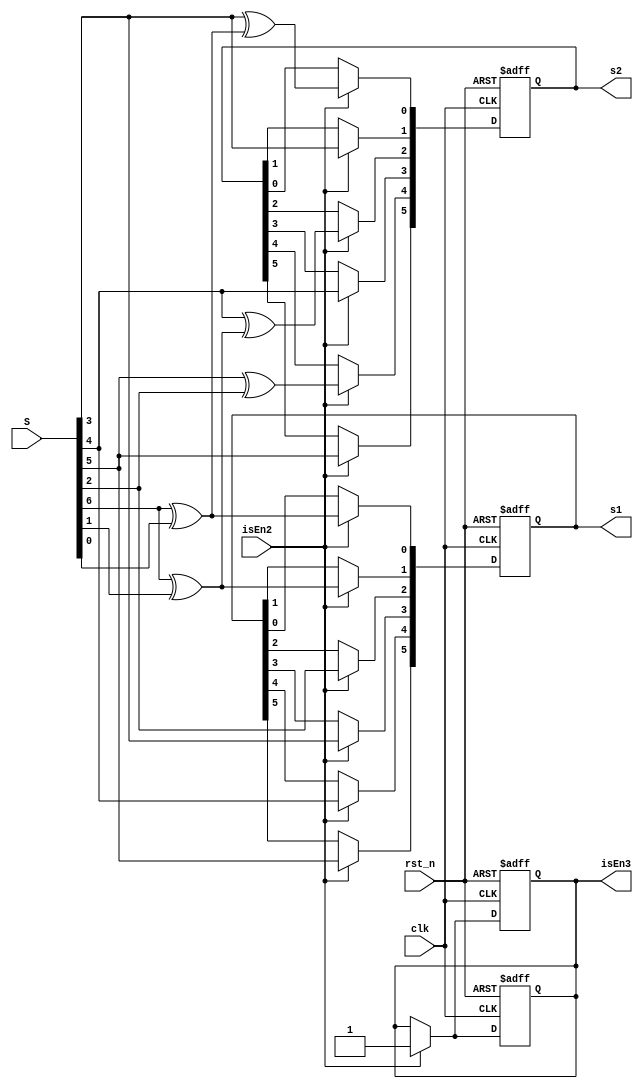
`timescale 1ns / 1ns

module decoder( 
              clk,
              rst_n,
              S,
              isEn2,
              s1,
              s2,
              isEn3
              );
  input clk,rst_n;
  input [6:0] S; //this is the 7-bit syndrome
  input isEn2;
  output [5:0] s1;
  output [5:0] s2;
  output isEn3;
  reg [5:0] s1;
  reg [5:0] s2;
  reg isEn3;
  
  always@(posedge clk or negedge rst_n) begin
    if(!rst_n) begin
      s1<=6'b0; 
      isEn3<=1'b0;
		end
		else begin
		  if (isEn2==1'b1) begin
		    s1[5]<=S[5];
	      s1[4]<=S[4];
	      s1[3]<=S[3];
	      s1[2]<=S[2];
	     s1[1]<=S[6]^S[1];
	     s1[0]<=S[6]^S[0];
	     isEn3<=1'b1;
	      end
  end
  end
  
  always@(posedge clk or negedge rst_n) begin
    if(!rst_n) begin
      s2<=6'b0; 
//		s2=6'b0;  revised 12
      isEn3<=1'b0;
		end
		else begin
		  if (isEn2==1'b1) begin
		     s2[5]<=S[5];
	      s2[4]<=S[5]^S[2];
	     s2[3]<=S[4];
	      s2[2]<=S[4]^(S[6]^S[1]);
	      s2[1]<=S[3];
	     s2[0]<=S[3]^(S[6]^S[0]);
	     isEn3<=1'b1;
	      end
  end
  end
  
endmodule